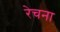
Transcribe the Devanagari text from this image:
रेचना